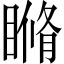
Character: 𥉈